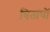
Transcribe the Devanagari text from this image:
त्रितापों